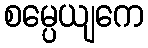
စမ္ပေယျကေ